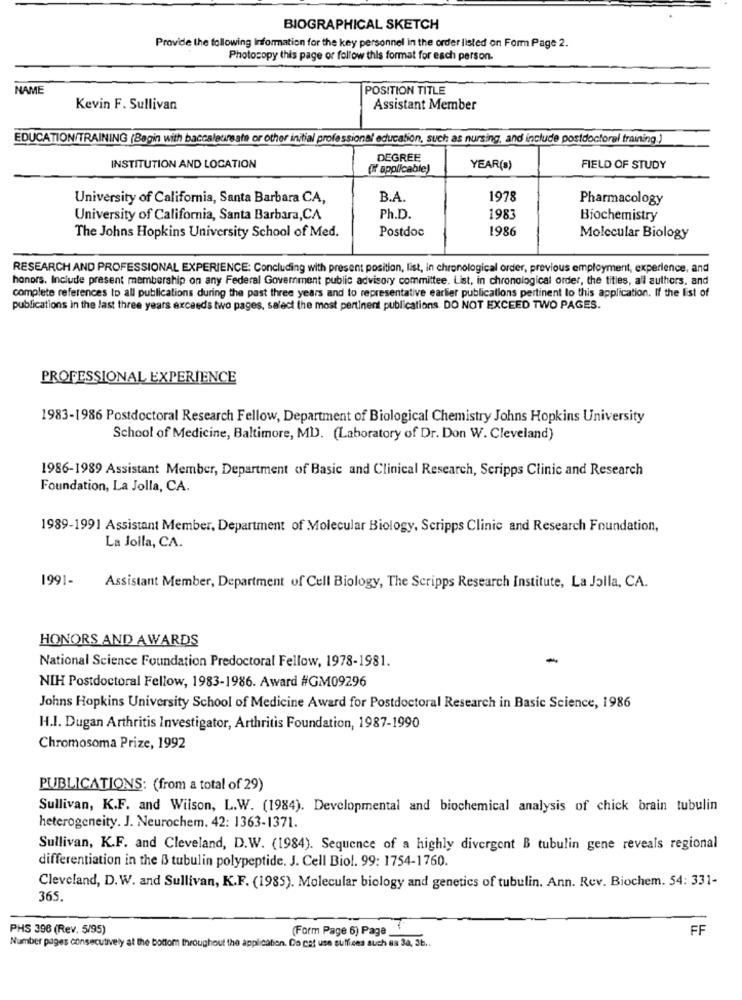
BIOGRAPHICAL SKETCH
Provide the following Information for the key personnel in the order listed on Form Page 2.
Photocopy this page or follow this format for each person
NAME
POSITION TITLE
Kevin F. Sullivan
Assistant Member
EDUCATION/TRAINING (Begin with baccalaureate or other initial professional education, such as nursing, and include postdoctoral training.)
DEGREE
INSTITUTION AND LOCATION
(F applicable)
YEAR(8)
FIELD OF STUDY
University of California, Santa Barbara CA,
B.A
1978
Pharmacology
University of California, Santa Barbara,CA
Ph.D.
1983
Biochemistry
Postdoc
1986
The Johns Hopkins University School of Med.
Molecular Biology
RESEARCH AND PROFESSIONAL EXPERIENCE: Concluding with present position, list, in chronological order, previous employment, experience, and
honors. Include present membership on any Federal Government public advisory committee. List, in chronological order, the titles, all authors. and
complete references to all publications during the past three years and to representative earlier publications pertinent to this application. If the list of
publications in the last three years exceeds two pages, select the most pertinent publications. DO NOT EXCEED TWO PAGES.
PROFESSIONAL EXPERIENCE
1983-1986 Postdoctoral Research Fellow, Department of Biological Chemistry Johns Hopkins University
School of Medicine, Baltimore, MD. (Laboratory of Dr. Don W. Cleveland)
1986-1989 Assistant Member, Department of Basic and Clinical Research, Scripps Clinic and Research
Foundation, La Jolla, CA.
1989-1991 Assistant Member, Department of Molecular Biology, Scripps Clinic and Research Foundation,
La Jolla, CA.
1991-
Assistant Member, Department of Cell Biology, The Scripps Research Institute, La Jolla, CA.
HONORS AND AWARDS
National Science Foundation Predoctoral Fellow, 1978-1981.
-
NIH Postdoctoral Fellow, 1983-1986. Award #GM09296
Johns Hopkins University School of Medicine Award for Postdoctoral Research in Basic Science, 1986
H.I. Dugan Arthritis Investigator, Arthritis Foundation, 1987-1990
Chromosoma Prize, 1992
PUBLICATIONS: (from a total of 29)
Sullivan, K.F. and Wilson, L.W. (1984). Developmental and biochemical analysis of chick brain tubulin
heterogeneity. J. Neurochem. 42: 1363-1371.
Sullivan, K.F. and Cleveland, D.W. (1984). Sequence of a highly divergent B tubulin gene reveals regional
differentiation in the B3 tubulin polypeptide. J. Cell Biol. 99: 1754-1760.
Cleveland, D.W. and Sullivan, K.F. (1985). Molecular biology and genetics of tubulin. Ann. Rev. Biochem. 54: 331-
365.
PHS 396 (Rev. 5/95)
(Form Page 6) Page
FF
Number pages consecutively at the bottom throughout the application. Do cat use suffices such as 30, 3b ..